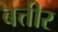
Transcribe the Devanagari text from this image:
बत्तीर